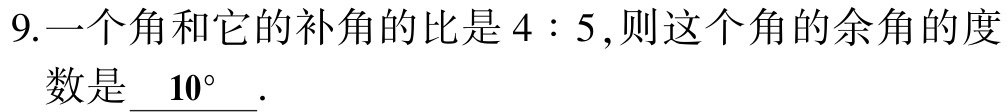
9.一个角和它的补角的比是\(4:5\),则这个角的余角的度数是\( \_\_10^{\circ}\_\_\).